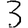
Digit: 3